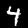
Label: 4